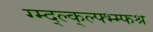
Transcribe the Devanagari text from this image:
ग्म्द्ल्क्ल्फ्भ्म्फश्र